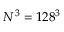
N ^ { 3 } = 1 2 8 ^ { 3 }